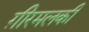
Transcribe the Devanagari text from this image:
ग़ीरमलकी